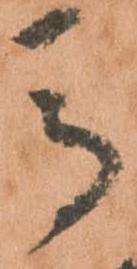
馬